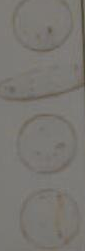
eote